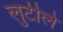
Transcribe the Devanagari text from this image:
लुटीले